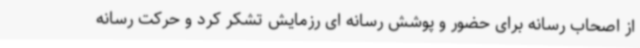
از اصحاب رسانه برای حضور و پوشش رسانه ای رزمایش تشکر کرد و حرکت رسانه